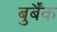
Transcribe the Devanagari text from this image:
बुर्बैंक